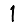
Digit: 1